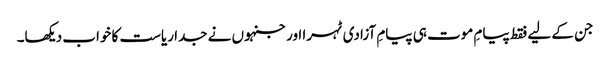
جن کے لیے فقط پیامِ موت ہی پیامِ آزادی ٹہرا اورجنہوں نے جدا ریاست کا خواب دیکھا۔